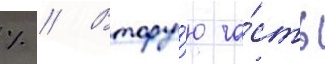
% // Втору́ю ча́сть